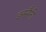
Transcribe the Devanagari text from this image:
डनसैनी